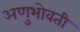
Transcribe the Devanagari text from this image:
अणुभोवती